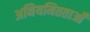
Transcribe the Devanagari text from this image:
अनियमितताओँ